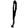
Digit: 1